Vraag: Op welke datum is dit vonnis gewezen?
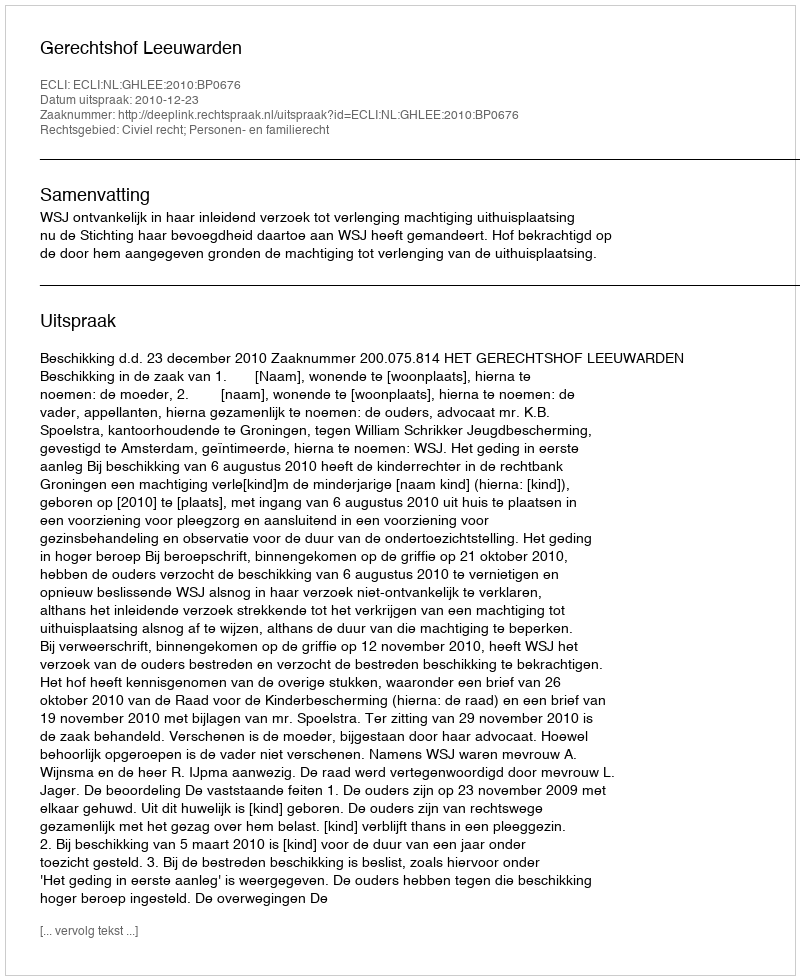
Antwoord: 2010-12-23